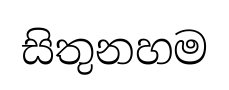
සිතුනහම